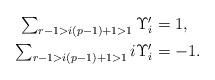
LaTeX: \begin{align*}\textstyle \sum_{r - 1 > i(p-1) + 1 > 1} \Upsilon_i' & \textstyle = 1,\\\textstyle \sum_{r - 1 > i(p-1) + 1 > 1} i\Upsilon_i' & \textstyle = -1.\end{align*}